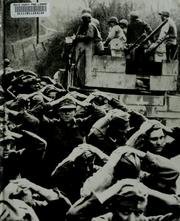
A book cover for Prisoners of war (World War II); Ronald H Bailey; History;